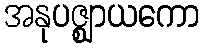
အနုပဇ္ဈာယကော